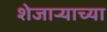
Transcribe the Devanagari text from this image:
शेजार्‍याच्या